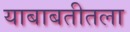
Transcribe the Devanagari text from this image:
याबाबतीतला